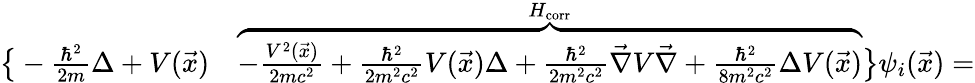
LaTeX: \begin{array}{rl}{\big\{ -\frac{\hbar^{2}}{2m}\Delta+V(\vec{x})}&{{}\overbrace{-\frac{V^{2}(\vec{x})}{2mc^{2}}+\frac{\hbar^{2}}{2m^{2}c^{2}}V(\vec{x})\Delta+\frac{\hbar^{2}}{2m^{2}c^{2}}\vec{\nabla}V\vec{\nabla}+\frac{\hbar^{2}}{8m^{2}c^{2}}\Delta V(\vec{x})}^{H_{\mathrm{corr}}}\big\} \psi_{i}(\vec{x})=}\end{array}